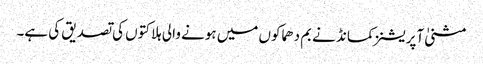
مثنیٰ آپریشنز کمانڈ نے بم دھماکوں میں ہونے والی ہلاکتوں کی تصدیق کی ہے۔